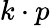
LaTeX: k\cdot p